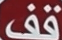
قف